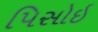
પિસોઇ